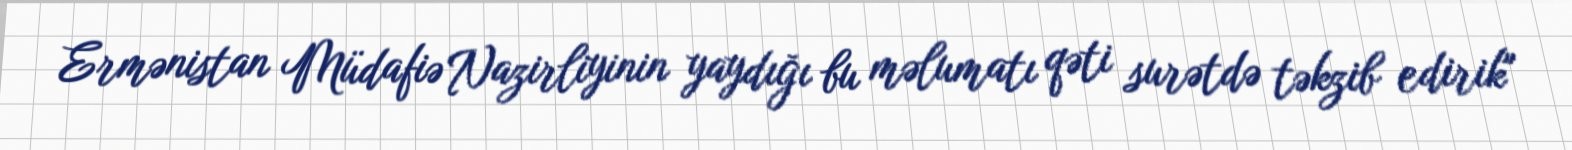
Ermənistan Müdafiə Nazirliyinin yaydığı bu məlumatı qəti surətdə təkzib edirik"